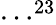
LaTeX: \cdots^{23}